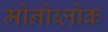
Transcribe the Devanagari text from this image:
मोनोब्लोक